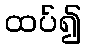
ထပ်၍